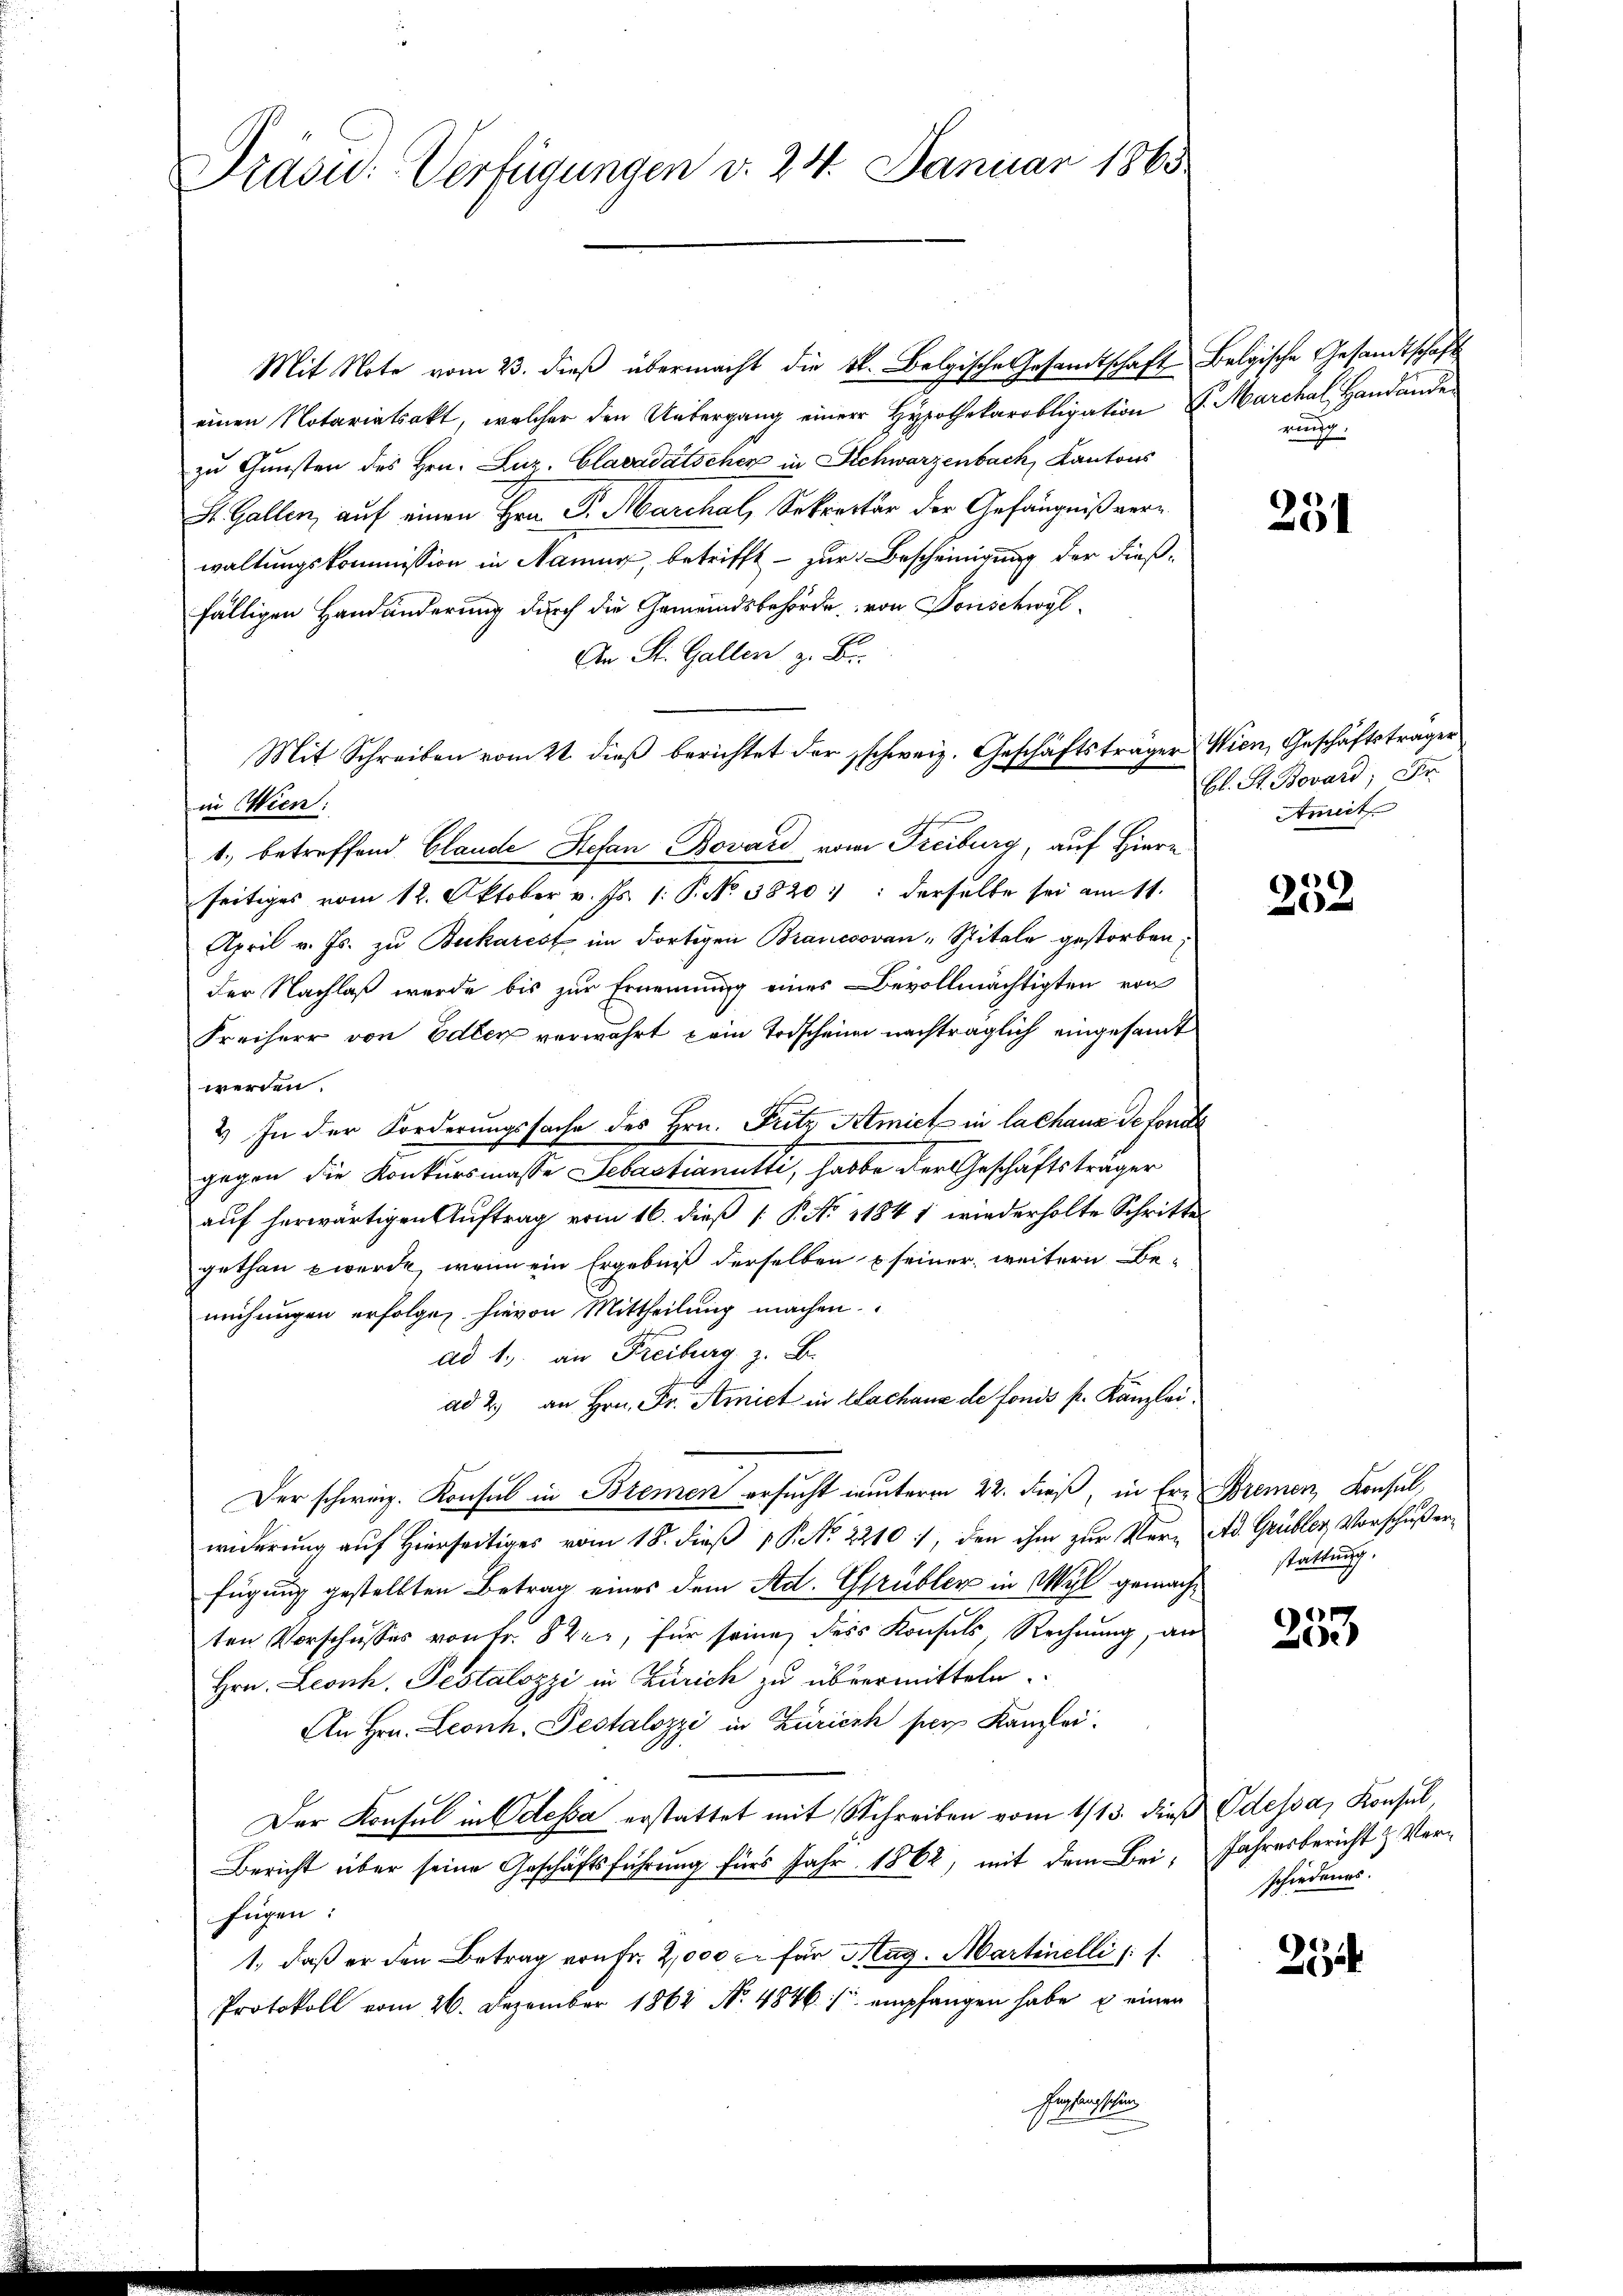
Präsid.: Verfügungen v. 24. Januar 1863

Mit Note vom 23. dieß übermacht die kk. Belgische Gesandtschaft Belgische Gesandtschaft
einen Notariatsakt, welcher den Untergang einer Hypothekarobligation v. Marchal, Handände
zu Gunsten des Hrn. Luz. Clavadätscher in Schwarzenbach, Kantons
St. Gallen, auf einen Hrn. Dr. Marchal, Sekretär der Gefängniß verwaltungskommission in Naume, betrifft - zur Bescheinigung der dießfälligen Handänderung durch die Gemeindsbehörde von Donschwyl
An St. Gallen, z. B.
Mit Schreiben vom 2t. dieß berichtet der schweiz. Geschäftsträger Wien, Geschäftsträger
in Wien:
1., betreffend Glande Stefan Bovard vom Freiburg, auf Hiern
seitiges vom 12. Oktober v. Js. 1: P. No 3820): derselbe sei am 11.
April v. Js. zu Bukarest im dortigen Brancsovan - Spitale gestorben;
der Nachlaß werde bis zur Ernennung eines Bevollmächtigten von
Freiherr von Edler verwahrt kein Todscheine nachträglich eingesamt
werden.
2.) In der Forderungssache des Hrn. Fritz Atmich in lachaus de fonde
gegen die Konkursmasse Sebastianutti, habe der Geschäftsträger
aŭf herwärtigen Aŭftrag vom 16. dieβ [ P. No 11841 wiederholte Schritte
gethan werde, wenn ein Ergebniß derselben seiner, weitern Bemührigen erfolgen hievon Mittheilung machen
ad 1., an Freiburg, z. B.
ad 2. an Hrn. Fr. Amict in Lachane de fonds pr. Kanzlei¬
Der schweiz. Konsul in Bremen ersucht unterm 22. dieß, in Er- Bremen, Konsul,
widerung auf Hierseitiges vom 18. dieß P. No. 2210, den ihm zur Ver- Ad. Grübler Vorschußerfügung gestellten Betrag eines dem Std. Grübler in Wyl gemachten Vorschusses von Fr. 82, für seine des Konsuls Rechnung, an
Hrn. Leonh. Pestalozzi in Zürich zu übermitteln.
An Hrn. Leonh. Pestalozzi in Zürich per Kanzlei.
Der Konsul in Odessa erstattet mit Schreiben vom 1/13. dieß Odessa, Konsul
Bericht über seine Geschäftsführung fürs Jahr 1862, mit dem Bei Jahresbericht & Verfügen:
1., daß er den Betrag von Fr. 2000 c. für Mag. Martinelli
Protokoll vom 26. Dezember 1862 No 4846/ empfangen habe u einen
Geschens sein

ringe

251

bl. St. Bovard; Fr
Amiet

252

stattung.

or
e

schiedenes.

214